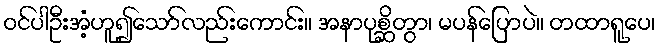
ဝင်ပါဦးအံ့ဟူ၍သော်လည်းကောင်း။ အနာပုစ္ဆိတွာ၊ မပန်ပြောပဲ။ တထာရူပေ၊